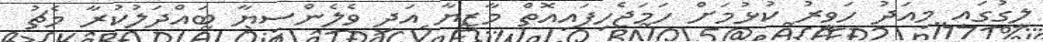
ލީގުގައި މިއަދު ހަވީރު ކުޅުމަށް ހަމަޖެހިފައިއޮތް މާޒިޔާ އަދި ވެލެންސިޔާ ބައްދަލުކުރާ މެޗު